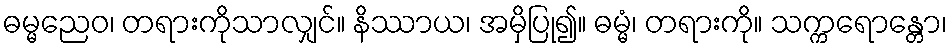
ဓမ္မညေဝ၊ တရားကိုသာလျှင်။ နိဿာယ၊ အမှိပြု၍။ ဓမ္မံ၊ တရားကို။ သက္ကရောန္တော၊